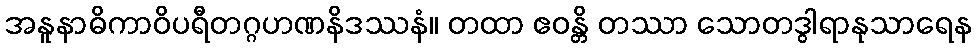
အနူနာဓိကာဝိပရီတဂ္ဂဟဏနိဒဿနံ။ တထာ ဧဝန္တိ တဿာ သောတဒွါရာနုသာရေန